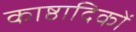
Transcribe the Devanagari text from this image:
काष्ठादिकों